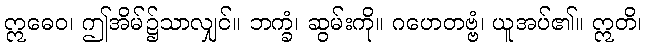
ဣဓေဝ၊ ဤအိမ်၌သာလျှင်။ ဘက္ခံ၊ ဆွမ်းကို။ ဂဟေတဗ္ဗံ၊ ယူအပ်၏။ ဣတိ၊